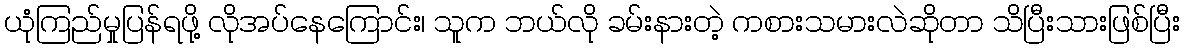
ယုံကြည်မှုပြန်ရဖို့ လိုအပ်နေကြောင်း၊ သူက ဘယ်လို ခမ်းနားတဲ့ ကစားသမားလဲဆိုတာ သိပြီးသားဖြစ်ပြီး